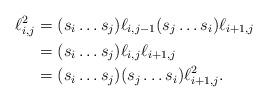
LaTeX: \begin{align*}\ell_{i,j}^{2}&=(s_i\hdots s_j)\ell_{i,j-1}(s_{j}\hdots s_{i})\ell_{i+1,j}\\&=(s_i\hdots s_j)\ell_{i,j}\ell_{i+1,j} \\&=(s_i\hdots s_j)(s_{j}\hdots s_{i})\ell_{i+1,j}^{2}. \end{align*}